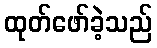
ထုတ်ဖော်ခဲ့သည်